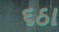
૬ઠા